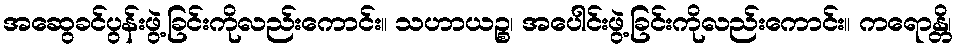
အဆွေခင်ပွန်းဖွဲ့ခြင်းကိုလည်းကောင်း။ သဟာယဉ္စ၊ အပေါင်းဖွဲ့ခြင်းကိုလည်းကောင်း။ ကရောန္တိ၊